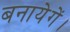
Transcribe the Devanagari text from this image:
बनायेगें।